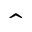
\hat { \quad }